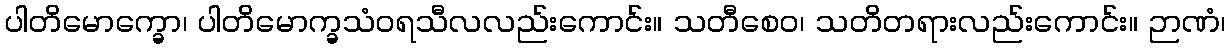
ပါတိမောက္ခော၊ ပါတိမောက္ခသံဝရသီလလည်းကောင်း။ သတီစေဝ၊ သတိတရားလည်းကောင်း။ ဉာဏံ၊